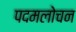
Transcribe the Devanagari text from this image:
पदमलोचन